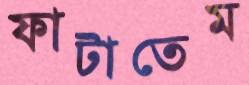
ফাটাতেম